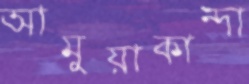
আমুয়াকান্দা